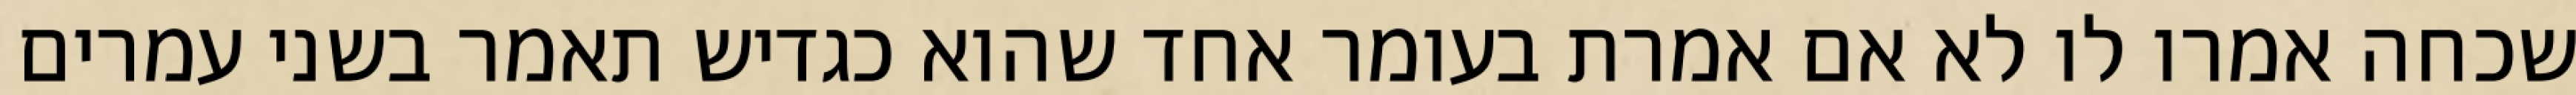
שכחה אמרו לו לא אם אמרת בעומר אחד שהוא כגדיש תאמר בשני עמרים